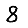
Digit: 8